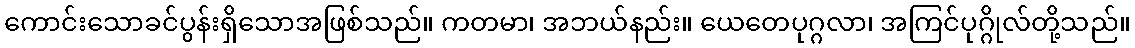
ကောင်းသောခင်ပွန်းရှိသောအဖြစ်သည်။ ကတမာ၊ အဘယ်နည်း။ ယေတေပုဂ္ဂလာ၊ အကြင်ပုဂ္ဂိုလ်တို့သည်။